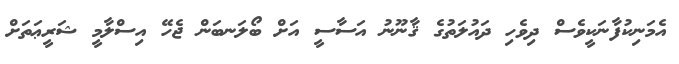
އެމަނިކުފާނަކީވެސް ދިވެހި ދައުލަތުގެ ޤާނޫނު އަސާސީ އަށް ބޯލަނބަން ޖެހޭ އިސްލާމީ ޝަރީޢަތަށް